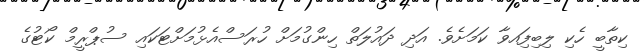
ކިތާބީ ހެކި ލިބިފަިއވާ ކަމަށެވެ. އަދި ދައުލަތް ހިންގުމަށް ހުރަސްއެޅުމަށްޓަކައި ސުޕްރީމް ކޯޓުގެ